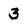
Character: 3